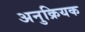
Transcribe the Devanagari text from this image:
अनुक्रियक